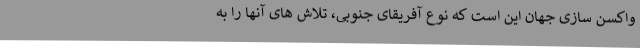
واکسن سازی جهان این است که نوع آفریقای جنوبی، تلاش های آنها را به